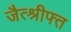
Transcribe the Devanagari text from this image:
जैत्श्रीफ्त